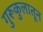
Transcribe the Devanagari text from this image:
गुरूकुलातून